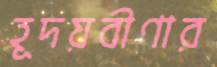
হূদয়বীণার